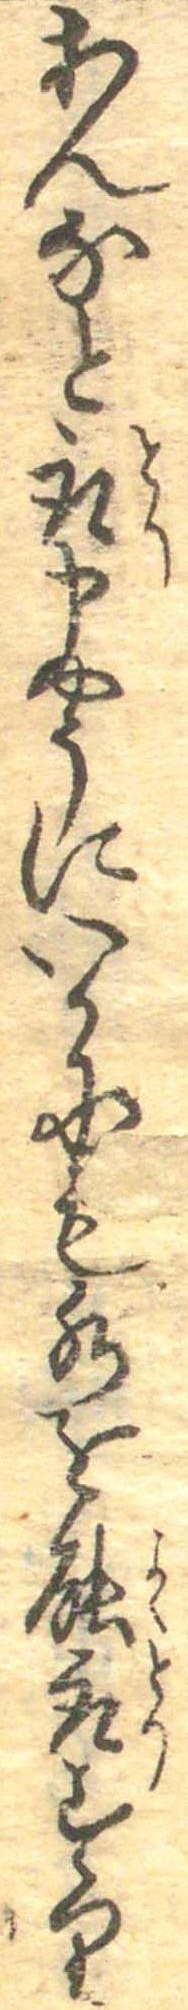
あんなと取申やうにいかにも水を能取すり